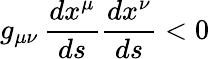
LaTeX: g_{\mu\nu}\, {\frac{dx^{\mu}}{ds}}{\frac{dx^{\nu}}{ds}}<0